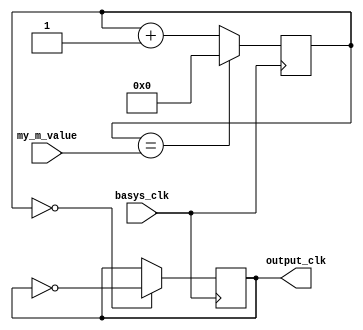
`timescale 1ns / 1ps
//////////////////////////////////////////////////////////////////////////////////
// Company: 
// Engineer: 
// 
// Design Name: 
// Module Name: flexible_clock_module
// Project Name: 
// Target Devices: 
// Tool Versions: 
// Description: 
// 
// Dependencies: 
// 
// Revision:
// Revision 0.01 - File Created
// Additional Comments:
// 
//////////////////////////////////////////////////////////////////////////////////


module flexible_clock_module(
    input basys_clk,
    input [31:0] my_m_value,
    output reg output_clk
    );
    reg [31:0] COUNT = 0;
        
    always @ (posedge basys_clk) begin
        COUNT <= (COUNT == my_m_value) ? 0 : COUNT + 1;
        output_clk <= (COUNT == 0) ? ~output_clk : output_clk;
    end
endmodule